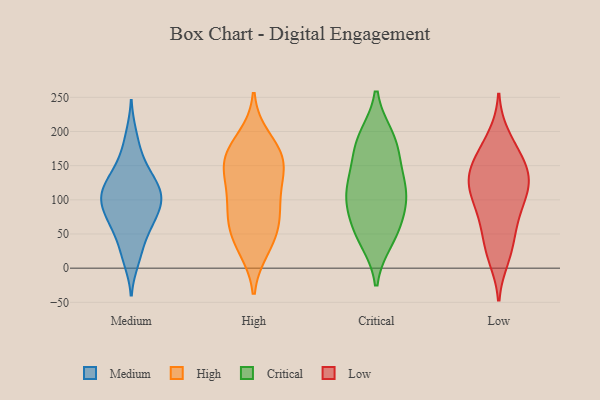
{"axis": {"x": "Net Income (USD K)", "y": "Value"}, "legend": ["Critical", "High", "Low", "Medium"], "data": [{"x": "", "y": 83, "type": "Medium"}, {"x": "", "y": 117, "type": "Medium"}, {"x": "", "y": 104, "type": "Medium"}, {"x": "", "y": 138, "type": "Medium"}, {"x": "", "y": 149, "type": "Medium"}, {"x": "", "y": 73, "type": "Medium"}, {"x": "", "y": 92, "type": "Medium"}, {"x": "", "y": 109, "type": "Medium"}, {"x": "", "y": 196, "type": "Medium"}, {"x": "", "y": 106, "type": "Medium"}, {"x": "", "y": 128, "type": "Medium"}, {"x": "", "y": 21, "type": "Medium"}, {"x": "", "y": 47, "type": "Medium"}, {"x": "", "y": 66, "type": "Medium"}, {"x": "", "y": 90, "type": "Medium"}, {"x": "", "y": 168, "type": "Medium"}, {"x": "", "y": 116, "type": "Medium"}, {"x": "", "y": 10, "type": "Medium"}, {"x": "", "y": 57, "type": "Medium"}, {"x": "", "y": 29, "type": "High"}, {"x": "", "y": 190, "type": "High"}, {"x": "", "y": 72, "type": "High"}, {"x": "", "y": 56, "type": "High"}, {"x": "", "y": 156, "type": "High"}, {"x": "", "y": 127, "type": "High"}, {"x": "", "y": 71, "type": "High"}, {"x": "", "y": 104, "type": "High"}, {"x": "", "y": 35, "type": "High"}, {"x": "", "y": 169, "type": "High"}, {"x": "", "y": 164, "type": "High"}, {"x": "", "y": 95, "type": "High"}, {"x": "", "y": 159, "type": "High"}, {"x": "", "y": 139, "type": "High"}, {"x": "", "y": 90, "type": "Critical"}, {"x": "", "y": 113, "type": "Critical"}, {"x": "", "y": 98, "type": "Critical"}, {"x": "", "y": 52, "type": "Critical"}, {"x": "", "y": 178, "type": "Critical"}, {"x": "", "y": 124, "type": "Critical"}, {"x": "", "y": 42, "type": "Critical"}, {"x": "", "y": 152, "type": "Critical"}, {"x": "", "y": 113, "type": "Critical"}, {"x": "", "y": 188, "type": "Critical"}, {"x": "", "y": 191, "type": "Critical"}, {"x": "", "y": 57, "type": "Critical"}, {"x": "", "y": 117, "type": "Low"}, {"x": "", "y": 127, "type": "Low"}, {"x": "", "y": 117, "type": "Low"}, {"x": "", "y": 150, "type": "Low"}, {"x": "", "y": 78, "type": "Low"}, {"x": "", "y": 117, "type": "Low"}, {"x": "", "y": 159, "type": "Low"}, {"x": "", "y": 23, "type": "Low"}, {"x": "", "y": 62, "type": "Low"}, {"x": "", "y": 35, "type": "Low"}, {"x": "", "y": 122, "type": "Low"}, {"x": "", "y": 180, "type": "Low"}, {"x": "", "y": 193, "type": "Low"}, {"x": "", "y": 99, "type": "Low"}, {"x": "", "y": 15, "type": "Low"}, {"x": "", "y": 73, "type": "Low"}, {"x": "", "y": 154, "type": "Low"}, {"x": "", "y": 145, "type": "Low"}]}